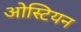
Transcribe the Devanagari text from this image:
ओस्टियन